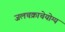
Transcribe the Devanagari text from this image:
जलचक्राचेयोग्य